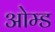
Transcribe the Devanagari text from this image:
ओम्ड